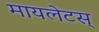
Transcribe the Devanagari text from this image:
मायलेटस्